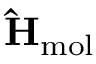
\mathrm { \bf \hat { H } } _ { \mathrm { m o l } }